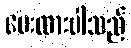
ပေးထားပါသည်